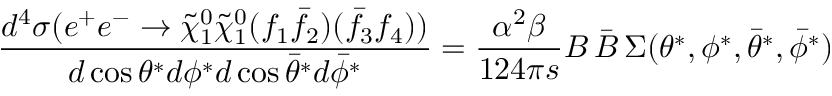
\frac { d ^ { 4 } \sigma ( e ^ { + } e ^ { - } \to \tilde { \chi } _ { 1 } ^ { 0 } \tilde { \chi } _ { 1 } ^ { 0 } ( f _ { 1 } \bar { f } _ { 2 } ) ( \bar { f } _ { 3 } f _ { 4 } ) ) } { d \cos \theta ^ { * } d \phi ^ { * } d \cos \bar { \theta } ^ { * } d \bar { \phi } ^ { * } } = \frac { \alpha ^ { 2 } \beta } { 1 2 4 \pi s } { \cal B } \, \bar { \cal B } \, \Sigma ( \theta ^ { * } , \phi ^ { * } , \bar { \theta } ^ { * } , \bar { \phi } ^ { * } )